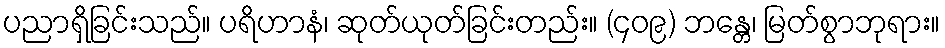
ပညာရှိခြင်းသည်။ ပရိဟာနံ၊ ဆုတ်ယုတ်ခြင်းတည်း။ (၄၀၉) ဘန္တေ၊ မြတ်စွာဘုရား။